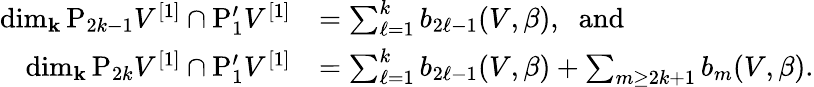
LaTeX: \begin{array}{rl}{\dim_{\mathbf{k}}\mathrm{P}_{2k-1}V^{[1]}\cap\mathrm{P}_{1}^{\prime}V^{[1]}}&{=\sum_{\ell=1}^{k}b_{2\ell-1}(V,\beta),\; \; \mathrm{and}}\\ {\dim_{\mathbf{k}}\mathrm{P}_{2k}V^{[1]}\cap\mathrm{P}_{1}^{\prime}V^{[1]}}&{=\sum_{\ell=1}^{k}b_{2\ell-1}(V,\beta)+\sum_{m\geq 2k+1}b_{m}(V,\beta).}\end{array}